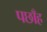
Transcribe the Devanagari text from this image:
पछाँह